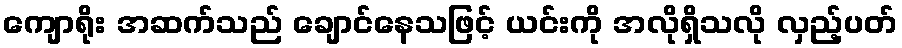
ကျောရိုး အဆက်သည် ချောင်နေသဖြင့် ယင်းကို အလိုရှိသလို လှည့်ပတ်